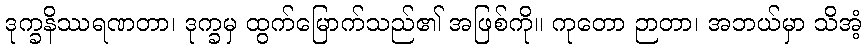
ဒုက္ခနိဿရဏတာ၊ ဒုက္ခမှ ထွက်မြောက်သည်၏ အဖြစ်ကို။ ကုတော ဉာတာ၊ အဘယ်မှာ သိအံ့